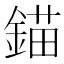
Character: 錨